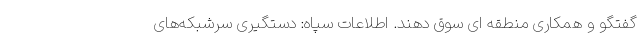
گفتگو و همکاری منطقه ای سوق دهند. اطلاعات سپاه: دستگیری سرشبکه‌های